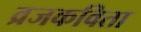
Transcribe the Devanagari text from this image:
व्रजकविता